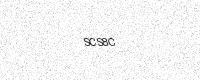
Text: SCS8C